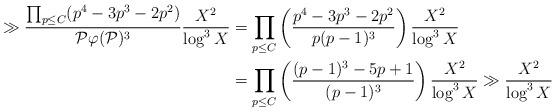
\begin{align*}\gg \frac{\prod_{p \leq C} (p^4 - 3p^3 - 2p^2)}{{\mathcal P} \varphi({\mathcal P})^3} \frac{X^2}{\log^3 X} &= \prod_{p \leq C} \left(\frac{p^4 - 3p^3 - 2p^2}{p(p-1)^3}\right) \frac{X^2}{\log^3 X} \\&= \prod_{p \leq C} \left(\frac{(p-1)^3-5p+1}{(p-1)^3}\right) \frac{X^2}{\log^3 X} \gg \frac{X^2}{\log^3 X}\end{align*}